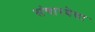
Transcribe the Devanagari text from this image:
संचारवेत्ता